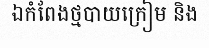
ឯកំពែងថ្មបាយក្រៀម និង